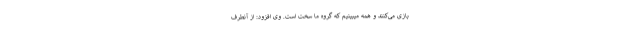
بازی می‌کنند و همه میبینیم که گروه ما سخت است. وی افزود: از آنطرف